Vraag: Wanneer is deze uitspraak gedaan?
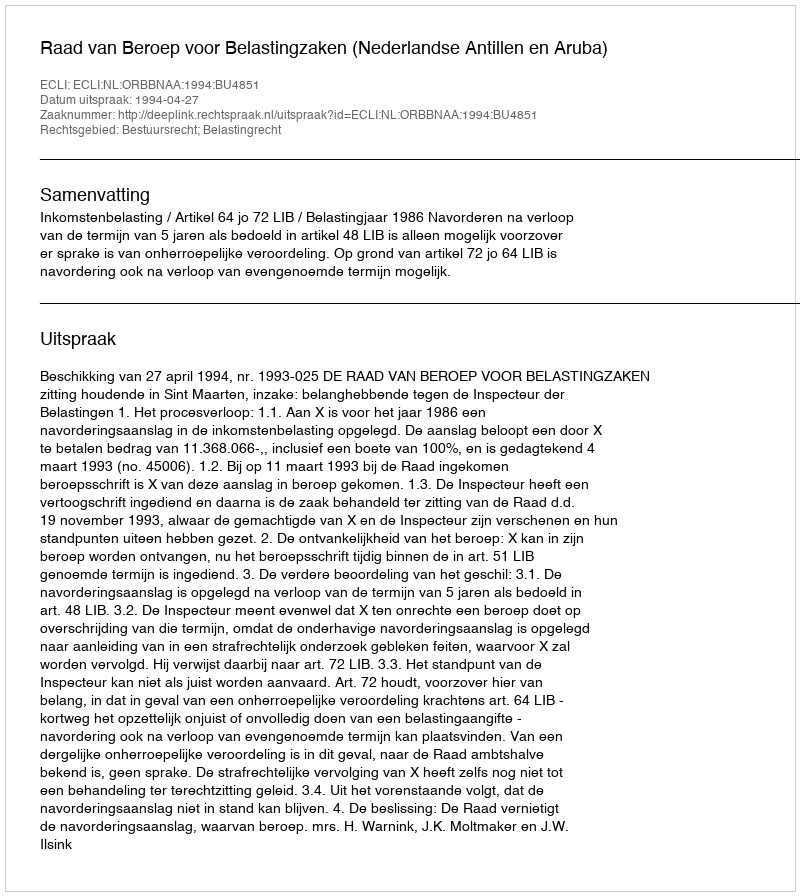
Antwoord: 1994-04-27